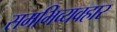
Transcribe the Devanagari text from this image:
समभिव्यवहार